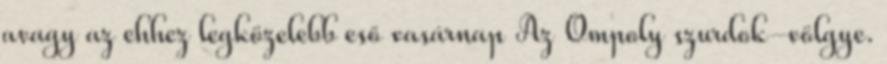
avagy az ehhez legközelebb eső vasárnap Az Ompoly szurdok-völgye.